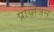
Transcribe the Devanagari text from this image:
प्रोयोजन